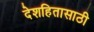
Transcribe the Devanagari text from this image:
देशहितासाठी